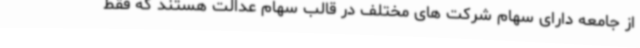
از جامعه دارای سهام شرکت های مختلف در قالب سهام عدالت هستند که فقط